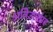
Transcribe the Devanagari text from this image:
अतिउत्साह